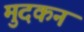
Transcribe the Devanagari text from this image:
मुदकन